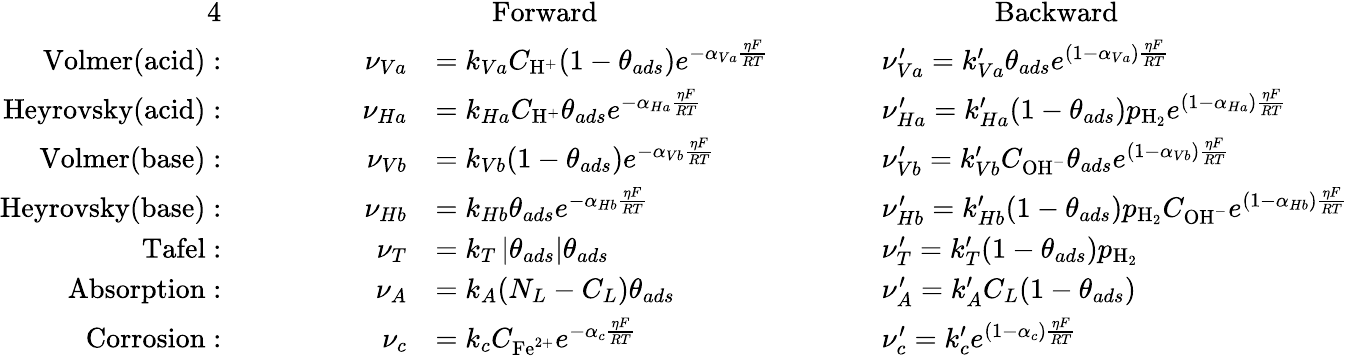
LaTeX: \begin{array}{rlrlrlrl}{{4}}&{}&&{}&&{\qquad\mathrm{Forward}}&&{\qquad\qquad\mathrm{Backward}}\\ {\mathrm{Volmer(acid):}}&{}&{\quad}&{}&{\nu_{Va}}&{=k_{Va}C_{\mathrm{H}^{+}}(1-\theta_{ads})e^{-\alpha_{Va}\frac{\eta F}{RT}}\qquad}&&{\nu_{Va}^{\prime}=k_{Va}^{\prime}\theta_{ads}e^{(1-\alpha_{Va})\frac{\eta F}{RT}}}\\ {\mathrm{Heyrovsky(acid):}}&{}&&{}&{\nu_{Ha}}&{=k_{Ha}C_{\mathrm{H}^{+}}\theta_{ads}e^{-\alpha_{Ha}\frac{\eta F}{RT}}\qquad}&&{\nu_{Ha}^{\prime}=k_{Ha}^{\prime}(1-\theta_{ads})p_{\mathrm{H}_{2}}e^{(1-\alpha_{Ha})\frac{\eta F}{RT}}}\\ {\mathrm{Volmer(base):}}&{}&&{}&{\nu_{Vb}}&{=k_{Vb}(1-\theta_{ads})e^{-\alpha_{Vb}\frac{\eta F}{RT}}\qquad}&&{\nu_{Vb}^{\prime}=k_{Vb}^{\prime}C_{\mathrm{OH}^{-}}\theta_{ads}e^{(1-\alpha_{Vb})\frac{\eta F}{RT}}}\\ {\mathrm{Heyrovsky(base):}}&{}&&{}&{\nu_{Hb}}&{=k_{Hb}\theta_{ads}e^{-\alpha_{Hb}\frac{\eta F}{RT}}\qquad}&&{\nu_{Hb}^{\prime}=k_{Hb}^{\prime}(1-\theta_{ads})p_{\mathrm{H}_{2}}C_{\mathrm{OH}^{-}}e^{(1-\alpha_{Hb})\frac{\eta F}{RT}}}\\ {\mathrm{Tafel:}}&{}&&{}&{\nu_{T}}&{=k_{T}\left|\theta_{ads}\right|\theta_{ads}\qquad}&&{\nu_{T}^{\prime}=k_{T}^{\prime}(1-\theta_{ads})p_{\mathrm{H}_{2}}}\\ {\mathrm{Absorption:}}&{}&&{}&{\nu_{A}}&{=k_{A}(N_{L}-C_{L})\theta_{ads}\qquad}&&{\nu_{A}^{\prime}=k_{A}^{\prime}C_{L}(1-\theta_{ads})}\\ {\mathrm{Corrosion:}}&{}&&{}&{\nu_{c}}&{=k_{c}C_{\mathrm{Fe}^{2+}}e^{-\alpha_{c}\frac{\eta F}{RT}}\qquad}&&{\nu_{c}^{\prime}=k_{c}^{\prime}e^{(1-\alpha_{c})\frac{\eta F}{RT}}}\end{array}